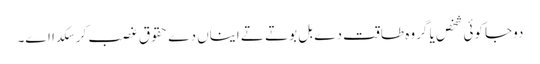
دوجا کوئی شخص یا گروہ طاقت دے بل بوتے تے ایناں دے حقوق غصب کر سکدا اے۔